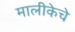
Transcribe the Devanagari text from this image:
मालीकेचे